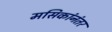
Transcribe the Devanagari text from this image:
मसिकांनंतर